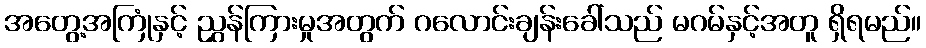
အတွေ့အကြုံနှင့် ညွှန်ကြားမှုအတွက် ဂလောင်းချန်းခေါ်သည် မဂမ်နှင့်အတူ ရှိရမည်။